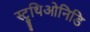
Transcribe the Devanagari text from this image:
स्ट्रुथिओनिडि